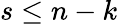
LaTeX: s\leq n-k